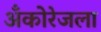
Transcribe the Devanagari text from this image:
अँकोरेजला